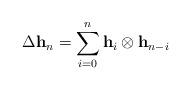
LaTeX: \begin{align*}\Delta\mathbf{h}_{n}=\sum_{i=0}^{n}\mathbf{h}_{i}\otimes\mathbf{h}_{n-i}\end{align*}